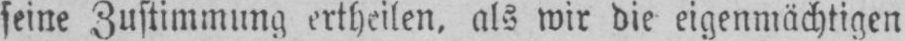
als wir die eigenmächtigen